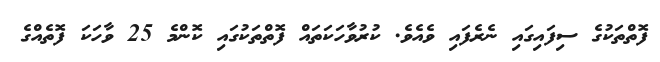
ފޮތްތަކުގެ ސިފައިގައި ނެރެފައި ވެއެވެ. ކުރުވާހަކަތައް ފޮތްތަކުގައި ކޮންމެ 25 ވާހަކަ ފޮތެއްގެ